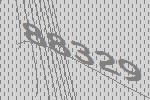
88329